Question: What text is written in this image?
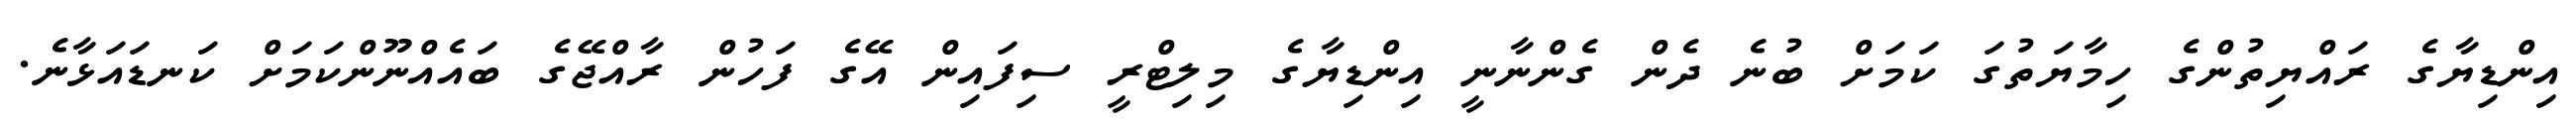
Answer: އިންޑިޔާގެ ރައްޔިތުންގެ ހިމާޔަތުގަ ކަމަށް ބުނެ ދެން ގެންނާނީ އިންޑިޔާގެ މިލިޓްރީ ސިފައިން އޭގެ ފަހުން ރާއްޖޭގެ ބައެއްނޫންކަމަށް ކަނޑައަޅާނެ.